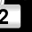
Digit: 2